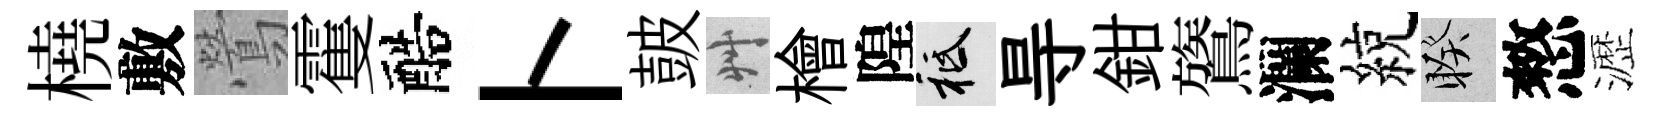
橈敷鶯䨥醅卜皷艸檜隍祇㝵鉗鷟瀾綂睽憗瀝